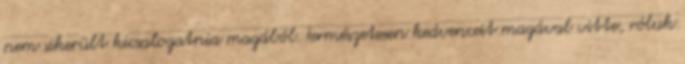
nem sikerült kicsalogatnia magából. Természetesen kedvenceit magával vitte, róluk